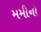
મમીનો